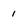
Character: 1